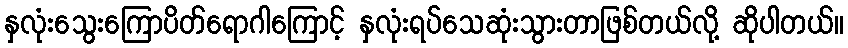
နှလုံးသွေးကြောပိတ်ရောဂါကြောင့် နှလုံးရပ်သေဆုံးသွားတာဖြစ်တယ်လို့ ဆိုပါတယ်။